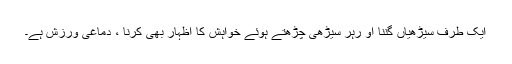
ایک طرف سیڑھیاں گننا او رہر سیڑھی چڑھتے ہوئے خواہش کا اظہار بھی کرنا ، دماغی ورزش ہے۔